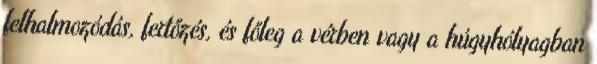
felhalmozódás, fertőzés, és főleg a vérben vagy a húgyhólyagban